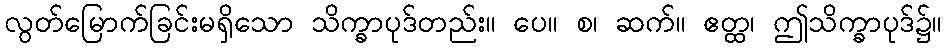
လွတ်မြောက်ခြင်းမရှိသော သိက္ခာပုဒ်တည်း။ ပေ။ စ၊ ဆက်။ ဧတ္ထ၊ ဤသိက္ခာပုဒ်၌။